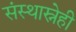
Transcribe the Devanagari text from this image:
संस्थास्नेही